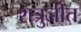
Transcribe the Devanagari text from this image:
शत्रुजीत